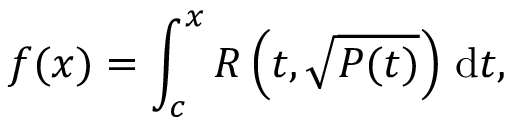
f ( x ) = \int _ { c } ^ { x } R \left( t , { \sqrt { P ( t ) } } \right) \, \mathrm { d } t ,